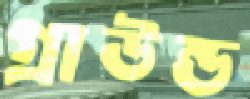
গ্রাউন্ড